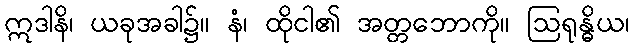
ဣဒါနိ၊ ယခုအခါ၌။ နံ၊ ထိုငါ၏ အတ္တဘောကို။ ဩရုန္ဓိယ၊